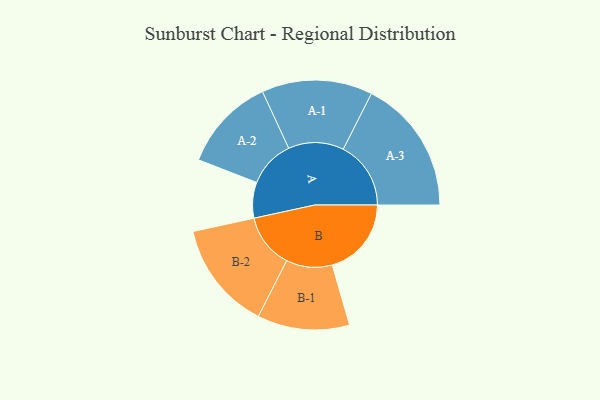
{"axis": {"x": "Segment", "y": "Value"}, "legend": ["", "A", "B"], "data": [{"x": "A", "y": 146, "type": ""}, {"x": "B", "y": 323, "type": ""}, {"x": "A-1", "y": 226, "type": "A"}, {"x": "A-2", "y": 192, "type": "A"}, {"x": "A-3", "y": 276, "type": "A"}, {"x": "B-1", "y": 188, "type": "B"}, {"x": "B-2", "y": 222, "type": "B"}]}